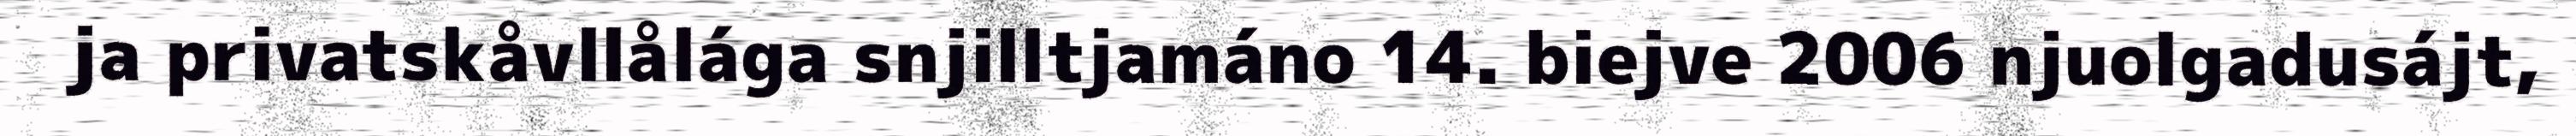
ja privatskåvllålága snjilltjamáno 14. biejve 2006 njuolgadusájt,